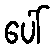
ပေါ်